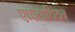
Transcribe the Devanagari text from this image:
एप्पलाचियन